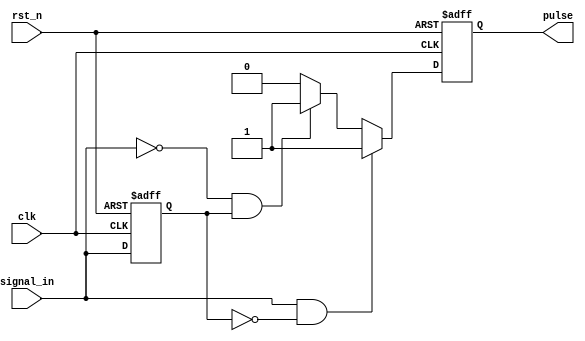
module pulse_edge_detector (
    input wire clk,          // Clock input
    input wire rst_n,       // Active low reset
    input wire signal_in,    // Input signal to detect edges
    output reg pulse         // Output pulse signal
);

    // Memory block to hold the previous state of the input signal
    reg signal_prev;

    // Edge detection logic
    always @(posedge clk or negedge rst_n) begin
        if (!rst_n) begin
            // Initialize the previous state and output pulse on reset
            signal_prev <= 1'b0;
            pulse <= 1'b0;
        end else begin
            // Edge detection
            if (signal_in && !signal_prev) begin
                // Rising edge detected
                pulse <= 1'b1; // Generate pulse
            end else if (!signal_in && signal_prev) begin
                // Falling edge detected
                pulse <= 1'b1; // Generate pulse
            end else begin
                pulse <= 1'b0; // No edge detected
            end
            
            // Update the previous state
            signal_prev <= signal_in;
        end
    end

endmodule